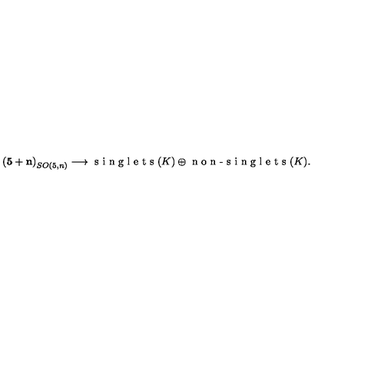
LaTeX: \mathbf { ( 5 + n ) } _ { S O ( 5 , n ) } \longrightarrow \textrm { s i n g l e t s } ( K ) \oplus \textrm { n o n - s i n g l e t s } ( K ) .